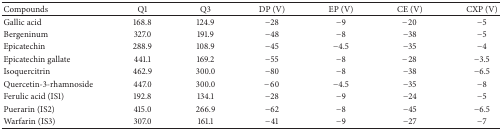
| Compounds | Q1 | Q3 | DP (V) | EP (V) | CE (V) | CXP (V) |
 | --- | --- | --- | --- | --- | --- | --- |
 | Gallic acid | 168.8 | 124.9 | −28 | −9 | −20 | −5 |
 | Bergeninum | 327.0 | 191.9 | −48 | −8 | −38 | −5 |
 | Epicatechin | 288.9 | 108.9 | −45 | −4.5 | −35 | −4 |
 | Epicatechin gallate | 441.1 | 169.2 | −55 | −8 | −28 | −3.5 |
 | Isoquercitrin | 462.9 | 300.0 | −80 | −8 | −38 | −6.5 |
 | Quercetin-3-rhamnoside | 447.0 | 300.0 | −60 | −4.5 | −35 | −8 |
 | Ferulic acid (IS1) | 192.8 | 134.1 | −28 | −9 | −24 | −5 |
 | Puerarin (IS2) | 415.0 | 266.9 | −62 | −8 | −45 | −6.5 |
 | Warfarin (IS3) | 307.0 | 161.1 | −41 | −9 | −27 | −7 |